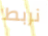
نربط